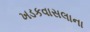
ખડકવાસલાના